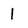
Character: 1